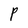
Character: P